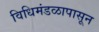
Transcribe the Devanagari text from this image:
विधिमंडळापासून